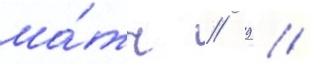
ма́тч // 9 //